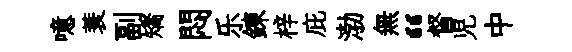
噫蓑副矯悶乐錬梓庇渤無“督児中